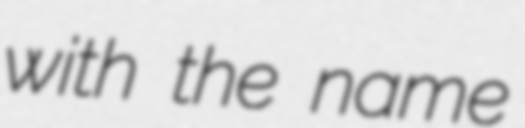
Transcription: with the name